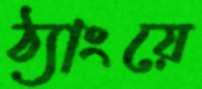
ঠ্যাংয়ে